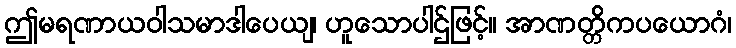
ဤမရဏာယဝါသမာဒါပေယျ၊ ဟူသောပါဌ်ဖြင့်။ အာဏတ္တိကပယောဂံ၊